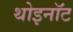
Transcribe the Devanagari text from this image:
थोइनॉट